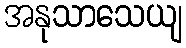
အနုသာသေယျ